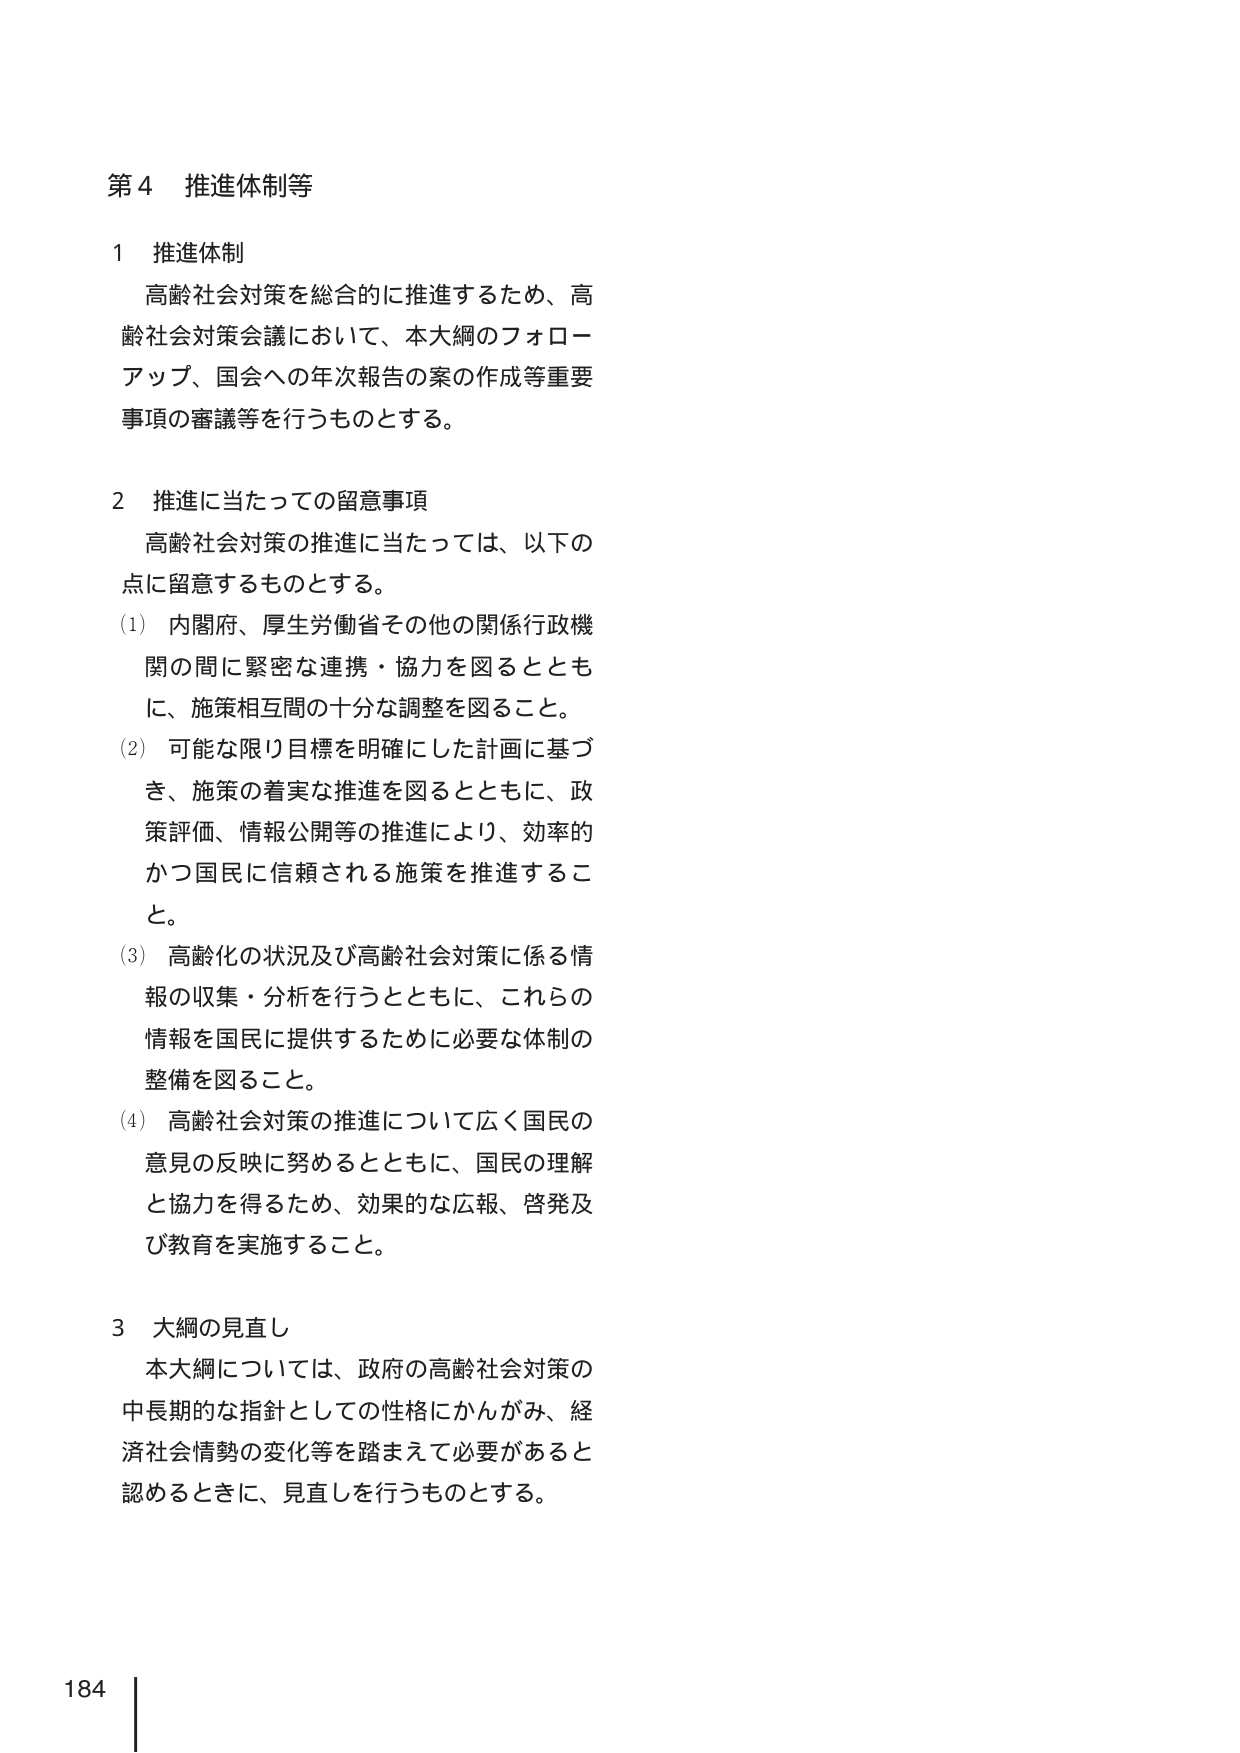
第４ 推進体制等

１ 推進体制
高齢社会対策を総合的に推進するため、高齢社会対策会議において、本大綱のフォローアップ、国会への年次報告の案の作成等重要事項の審議等を行うものとする。

２ 推進に当たっての留意事項
高齢社会対策の推進に当たっては、以下の点に留意するものとする。
（1） 内閣府、厚生労働省その他の関係行政機関の間に緊密な連携・協力を図るとともに、施策相互間の十分な調整を図ること。
（2） 可能な限り目標を明確にした計画に基づき、施策の着実な推進を図るとともに、政策評価、情報公開等の推進により、効率的かつ国民に信頼される施策を推進すること。
（3） 高齢化の状況及び高齢社会対策に係る情報の収集・分析を行うとともに、これらの情報を国民に提供するために必要な体制の整備を図ること。
（4） 高齢社会対策の推進について広く国民の意見の反映に努めるとともに、国民の理解と協力を得るため、効果的な広報、啓発及び教育を実施すること。

３ 大綱の見直し
本大綱については、政府の高齢社会対策の中長期的な指針としての性格にかんがみ、経済社会情勢の変化等を踏まえて必要があると認めるときに、見直しを行うものとする。

184